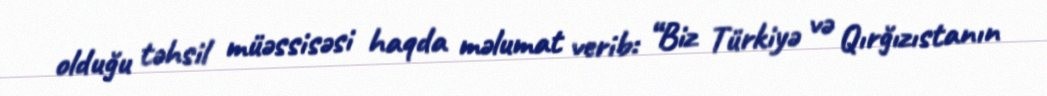
olduğu təhsil müəssisəsi haqda məlumat verib: “Biz Türkiyə və Qırğızıstanın